Report on metropolitan horse fairs and district horse shows of 1891-92 - 1891-1892
Year: 1891
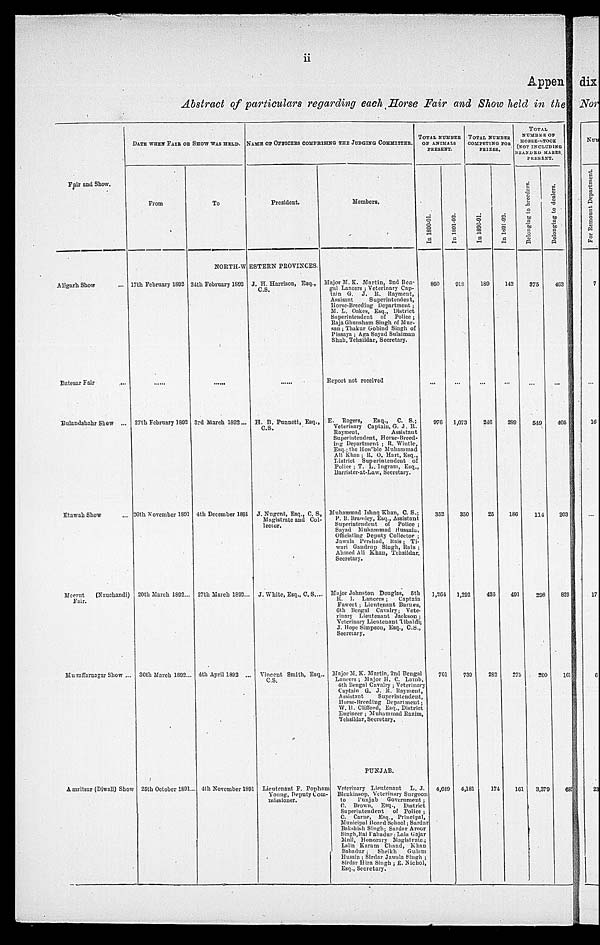
ii
Appen
Abstract of particulars regarding each Horse Fair and Show held in the
Fair and Show.
Aligarh Show ...
Batesar Fair ...
Bulandshahr Show ...
Etawah Show ....
Meerut
(Nauchandi)
Fair.
Muzaffarnagar Show ...
Amritsar (Diwali) Show
DATE WHEN FAIR OR SHOW WAS HELD.
From
17th February 1892
......
27th February 1892
26th November 1891
20th March 1892...
30th March 1892.
25th October 1891...
To
NAME OF OFFICEES COMPRISING THE JUDGING COMMITTES
President.
NORTH-WESTERN
PROVINCES.
24th February 1892
......
3rd March 1892 ...
4th December 1891
27th March 1892 ...
4th April 1892...
4th November 1891
J. H. HARRISON, Esq.,
C.S.
......
H. B. Punnett, Esq.,
C.S.
J. Nugent, Esq., C. S,
Magistrate and Col-
lector.
J. White, Esq., C.S....
Vincent Smith, Esq.,
C.S.
Linutenant F. Popham
Young, Deputy Com-
missioner.
Members.
Major M. K. Martin, 2nd Ben-
gal Lancers; Veterinary Cap-
tain G. J. R. Rayment,
Assisant
Superintendent,
Horse-Breeding Department;
M. L. Oakes, Esq., District
Superintendent
of
Police;
Raja Ghunsham Singh of Mur-
san ; Thakur Gobind Singh of
Pissaya; Aga Sayad Sulaiman
shah,Tehsildar,Secretary.
Report not received
E. Rogers,
Esq.,
C. S.;
Veterinary Captain, G. J. R.
Rayment,
Assistant
Superintendent, Horse-Breed-
ing Department; R. Wintle,
Esq.; the Hon'ble Muhammad
Ali Khan; R. O. Hart, Esq.,
District Superintendent of
Police; T. L. Ingram, Esq.,
Barrister-at-Law,Secretary.
Muhammad Ishaq Khan, C. S.;
P. B. Brumley, Esq., Assistant
Superintendent
of
Police;
Sayad Muhammad
Hussain,
Officiating Deputy Collector;
Jawala Pershad, Kais; Ti-
wari Gandrup Singh, Rais;
Ahmed Ali Khan, Tehsildar.
Secretary.
Major Johnston Douglas,
5th
R. I. Lancers;
Captain
Faweet; Lieutenant Baines,
6th Bengal Cavalry; Vete-
rinary Lieutenant Jackson;
Veterinary Lientenant Libaldi;
J. Hope Simpson, Esq., C.S.,
Secretary.
Major M. K. Martin, 2nd Bengal
Lancers; Major H. C. Lamb,
4th Bangal Cavalry ; Veterinary
Captain G.J.R. Rayment,
Assistant Suprintendent,
Horse - Breeding Department;
W.H.Clifford, Esq., District
Engineer ; Muhammad Razim,
Tchsildar,Secretary.
PUNJAB.
Veterinary Llnutenant L. J.
Blenkinsop, Veterinary Surgeon
to Punjab Government ;
C Brown Esq., District
Superintendent of Police ;
C.Carne ,Esq., Principle,
Municiple Board School ; Sardar
Bakshish singh; Sardar Aroor
Singh, Rai Bahadur ; Lala Gajar
Mull,Honorury Magistrate ;
Lalla Karam chand, Khan
Bahadur ; sheikh Gulam
Husain : Sirdar jawala Singh ;
Sirdar Hira Singh ;E .Nichol,
Esq., Secretary.
TOTAL NUMBER
OF ANIMALS
PRESENT.
In 1890-91.
860
...
976
352
1,264
701
4,849
In 1891-92.
918
...
1,073
350
1,292
739
4,181
4,1
TOTAL NUMBER
COMPETING FOR
PRIZES.
In. 1890-91.
189
...
246
25
435
282
174
In 1891-92.
142
...
289
186
491
275
101
181
TOTAL NUMBER
OF HORSE-STOCK
(NOT INCLUDING
BRANDED MARE
PRESENT.
Belonging to breeders.
375
...
549
114
298
200
3,379
Belonging
to dealers.
463
...
405
203
820
161
882